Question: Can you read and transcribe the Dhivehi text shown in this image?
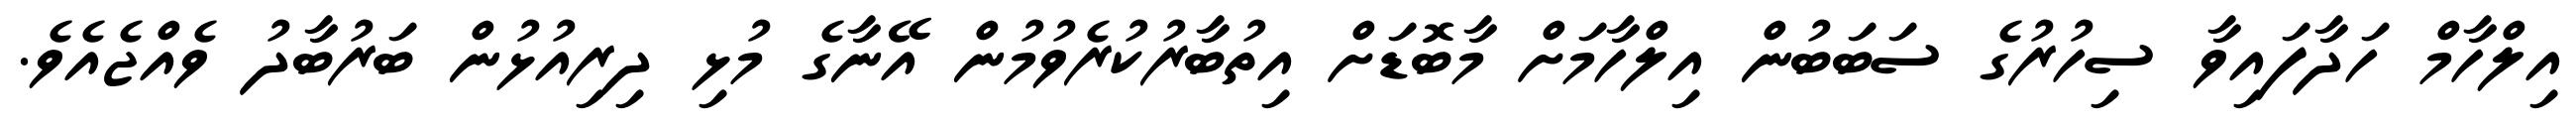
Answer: އިލްހާމް ހަދާފައިވާ ސިހުރުގެ ސަބަބުން އިލްހާމަށް މާބޮޑަށް އިތުބާރުކުރެވުމުން އޭނާގެ މުޅި ދިރިއުޅުން ބަރުބާދު ވެއްޖެއެވެ.